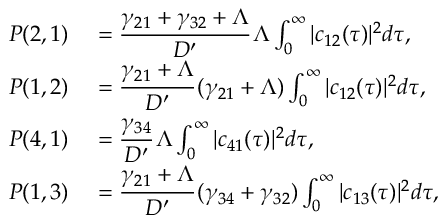
\begin{array} { r l } { P ( 2 , 1 ) } & { { } = \cfrac { \gamma _ { 2 1 } + \gamma _ { 3 2 } + \Lambda } { D ^ { \prime } } \, \Lambda \int _ { 0 } ^ { \infty } | c _ { 1 2 } ( \tau ) | ^ { 2 } d \tau , } \\ { P ( 1 , 2 ) } & { { } = \cfrac { \gamma _ { 2 1 } + \Lambda } { D ^ { \prime } } \, ( \gamma _ { 2 1 } + \Lambda ) \int _ { 0 } ^ { \infty } | c _ { 1 2 } ( \tau ) | ^ { 2 } d \tau , } \\ { P ( 4 , 1 ) } & { { } = \cfrac { \gamma _ { 3 4 } } { D ^ { \prime } } \, \Lambda \int _ { 0 } ^ { \infty } | c _ { 4 1 } ( \tau ) | ^ { 2 } d \tau , } \\ { P ( 1 , 3 ) } & { { } = \cfrac { \gamma _ { 2 1 } + \Lambda } { D ^ { \prime } } \, ( \gamma _ { 3 4 } + \gamma _ { 3 2 } ) \int _ { 0 } ^ { \infty } | c _ { 1 3 } ( \tau ) | ^ { 2 } d \tau , } \end{array}